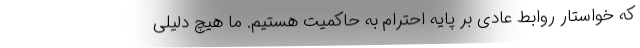
که خواستار روابط عادی بر پایه احترام به حاکمیت هستیم. ما هیچ دلیلی